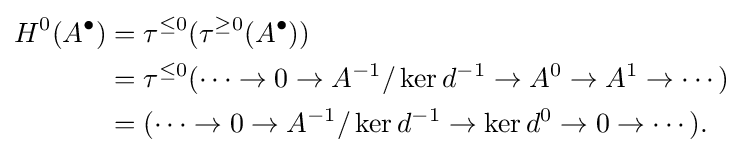
{\begin{aligned}H^{0}(A^{\bullet })&=\tau ^{\leq 0}(\tau ^{\geq 0}(A^{\bullet }))\\&=\tau ^{\leq 0}(\cdots \to 0\to A^{-1}/\ker d^{-1}\to A^{0}\to A^{1}\to \cdots )\\&=(\cdots \to 0\to A^{-1}/\ker d^{-1}\to \ker d^{0}\to 0\to \cdots ).\end{aligned}}